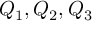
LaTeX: Q _ { 1 } , Q _ { 2 } , Q _ { 3 }